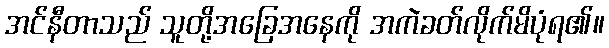
အင်နီတာသည် သူတို့အခြေအနေကို အကဲခတ်လိုက်မိပုံရ၏။